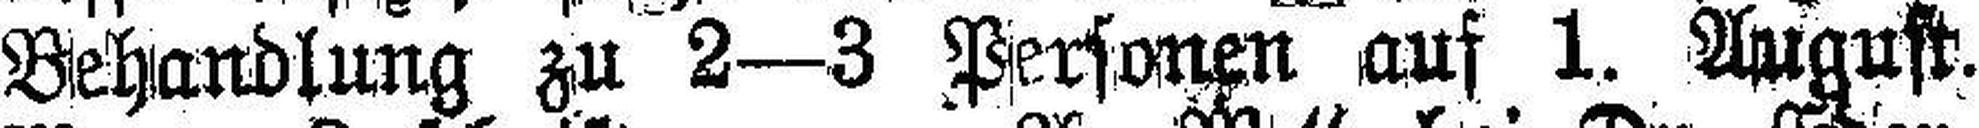
Behandlung zu 2—3 Personen auf 1. August.